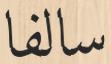
سالفا